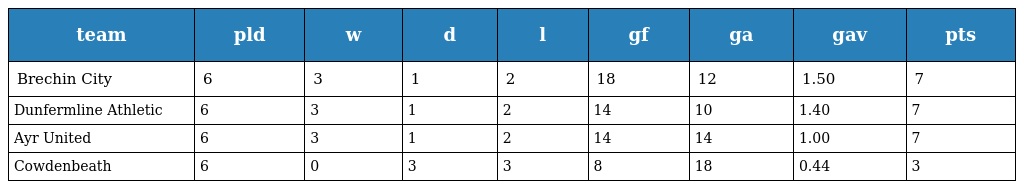
| team | pld | w | d | l | gf | ga | gav | pts |
 | --- | --- | --- | --- | --- | --- | --- | --- | --- |
 | Brechin City | 6 | 3 | 1 | 2 | 18 | 12 | 1.50 | 7 |
 | Dunfermline Athletic | 6 | 3 | 1 | 2 | 14 | 10 | 1.40 | 7 |
 | Ayr United | 6 | 3 | 1 | 2 | 14 | 14 | 1.00 | 7 |
 | Cowdenbeath | 6 | 0 | 3 | 3 | 8 | 18 | 0.44 | 3 |